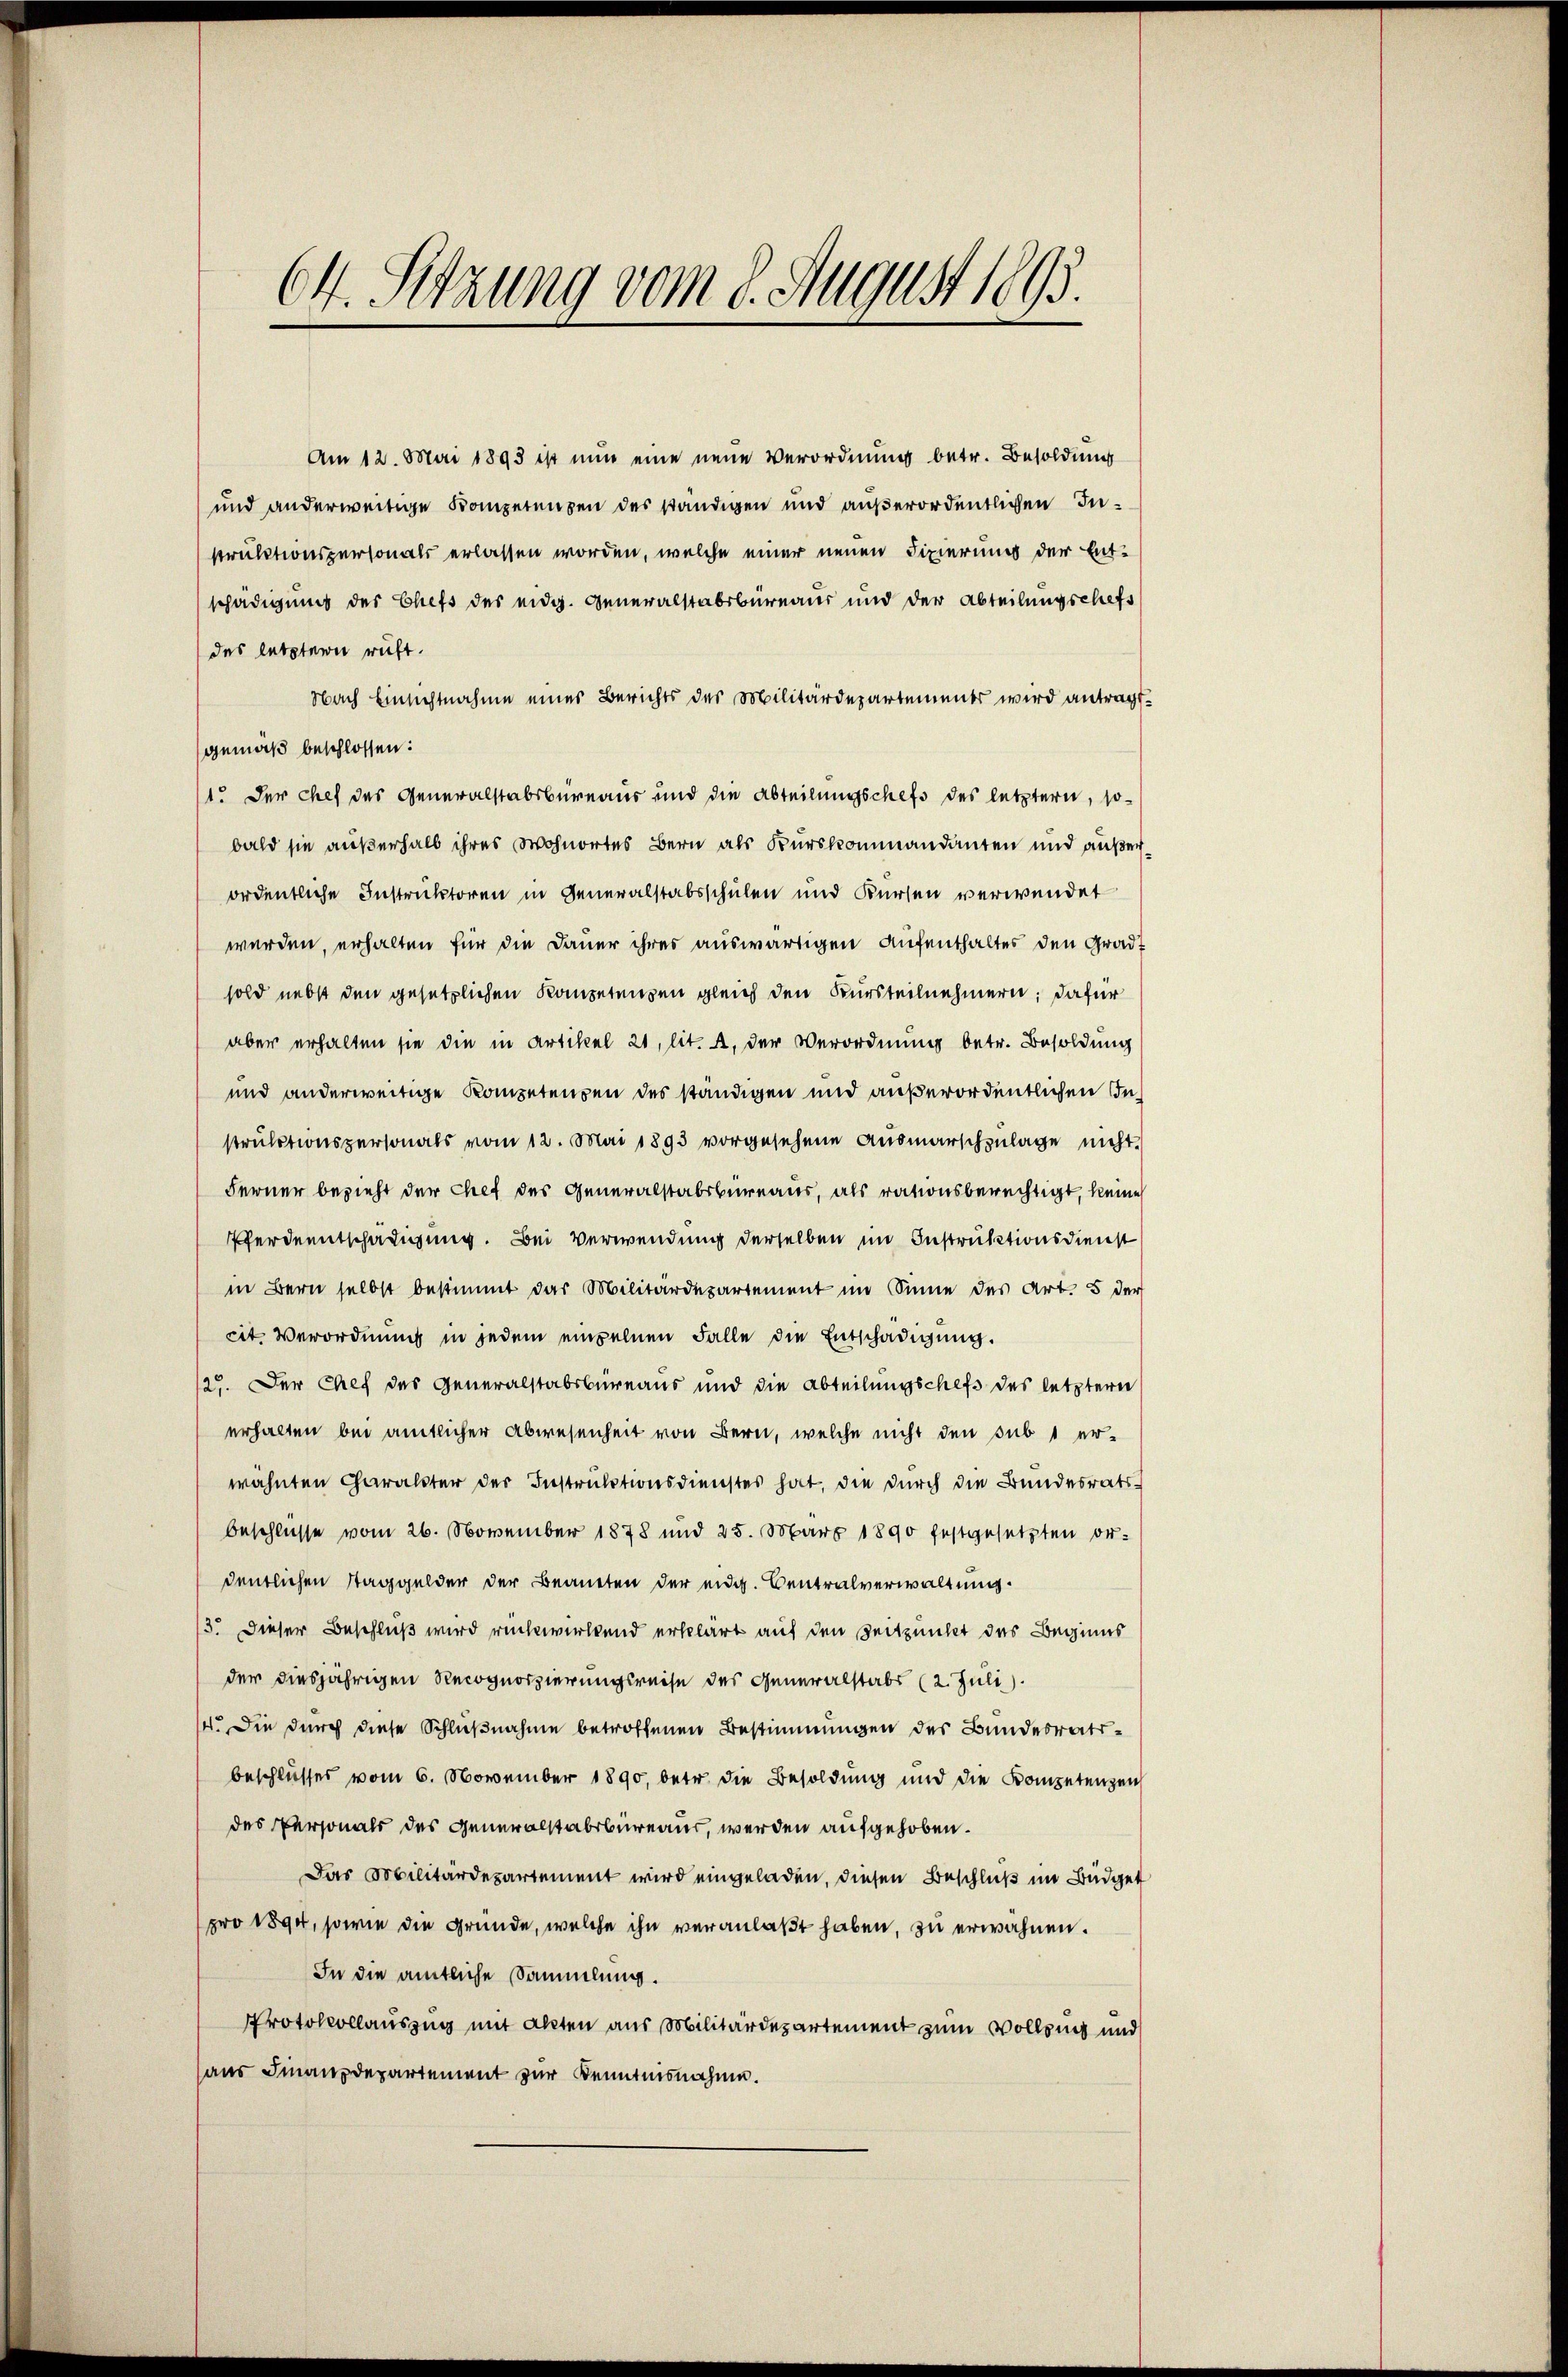
64. Sitzung vom 8. August 1893.

Am 12. Mai 1893 ist nun eine neue Verordnung betr. Besoldung
und anderweitige Kompetenzen des ständigen und außerordentlichen Instruktionspersonals erlassen worden, welche einer neuen Fixierung der Entschädigung der Chefs des eidg. Generalstabsbureaus und der Abteilungschefs
des letzterer ruft.
Nach Einsichtnahme eines Berichts der Militärdepartements wird antragt.
gemäß beschlossen:
1. Der Chef des Generalstabsbureaus und die Abteilungschefs des letztern, sobald sie außerhalb ihres Wohnortes Bern als Kurskommandanten und außerordentliche Instruktoren in Generalstabsschulen und Kursen verwendet
werden, erhalten für die Dauer ihres auswärtigen Aufenthaltes den Gradt
sold nebst den gesetzlichen Kompetenzen gleich den Bursteilnehmern; dafür
aber erhalten sie die in Artikel 21, lit. A. der Verordnung betr. Besoldung
und anderweitige Kompetenzen des ständigen und außerordentlichen Instruktionspersonals vom 12. Mai 1893 vorgesehene Ausmarschzulage nicht.
Ferner bezieht der Chef des Generalstabsbureaus, als rationsberechtigt, keine
Pferdentschädigung. Bei Verwendung derselben im Instruktionsdienst
in Bern selbst bestimmt das Militärdepartement im Sinne des Art. 5 der
cit Verordnung in jedem einzelnen Falle die Entschädigŭng.
127. Der Chef des Generalstabsbureaus und die Abteilungschefs des letztere
erhalten bei amtlicher Abwesenheit von Bern, welche nicht den sub 1 er-
wähnten Charakter der Instruktionsdienstes hat, die durch die Bundesratsbeschlüsse vom 26. November 1878 und 25. März 1890 festgesetzten or-
dentlichen Taggelder der Begneten der eidg. Centralverwaltung.
13. Dieser Beschluß wird rückwirkend erklärt auf den Zeitpunkt des Beginns
der diesjährigen Recognoszierungsreise des Generalstabs (2. Juli).
14. Die durch diese Schlußnahme betroffenen Bestimmungen der Bundesratsbeschlusses vom 6. November 1890, betr. die Besoldung und die Kompetenzen
des Personals des Generalstabsbureaus, werden aufgehoben.
Das Militärdepartement wird eingeladen, diesen Beschluß im Büdget
pro 1894, sowie die Gründe, welche ihn veranlaßt haben, zu erwähnen.
In die amtliche Sammlung.
Protokollauszug mit allten aus Militärdepartement zum Vollsing und
aus Finanzdepartement zur Kenntnisnahme.